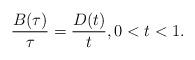
LaTeX: \begin{align*} \frac{B(\tau)}{\tau}= \frac{D(t)}{t},0<t<1.\end{align*}